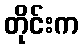
တိုင်းက